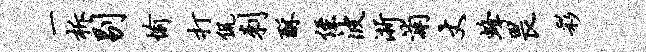
一柝剔愉打侃刺酥侄波浙浦丈蜂畏彩